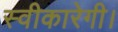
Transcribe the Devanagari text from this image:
स्वीकारेगी।